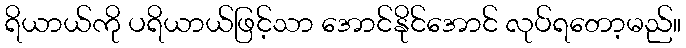
ရိယာယ်ကို ပရိယာယ်ဖြင့်သာ အောင်နိုင်အောင် လုပ်ရတော့မည်။